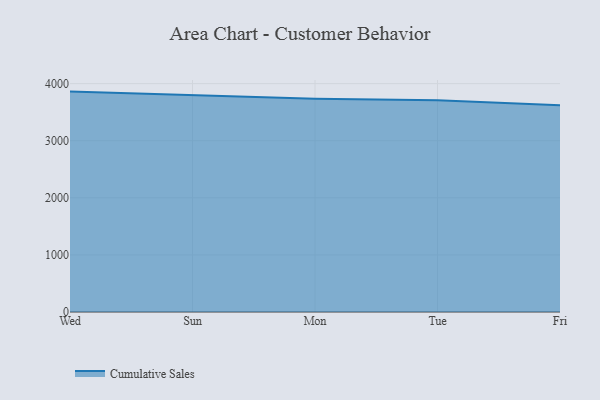
{"axis": {"x": "Day", "y": "Satisfaction Score"}, "legend": ["Cumulative Sales"], "data": [{"x": "Wed", "y": 3860.6, "type": "Cumulative Sales"}, {"x": "Sun", "y": 3792.3, "type": "Cumulative Sales"}, {"x": "Mon", "y": 3733.8, "type": "Cumulative Sales"}, {"x": "Tue", "y": 3708.6, "type": "Cumulative Sales"}, {"x": "Fri", "y": 3621.9, "type": "Cumulative Sales"}]}